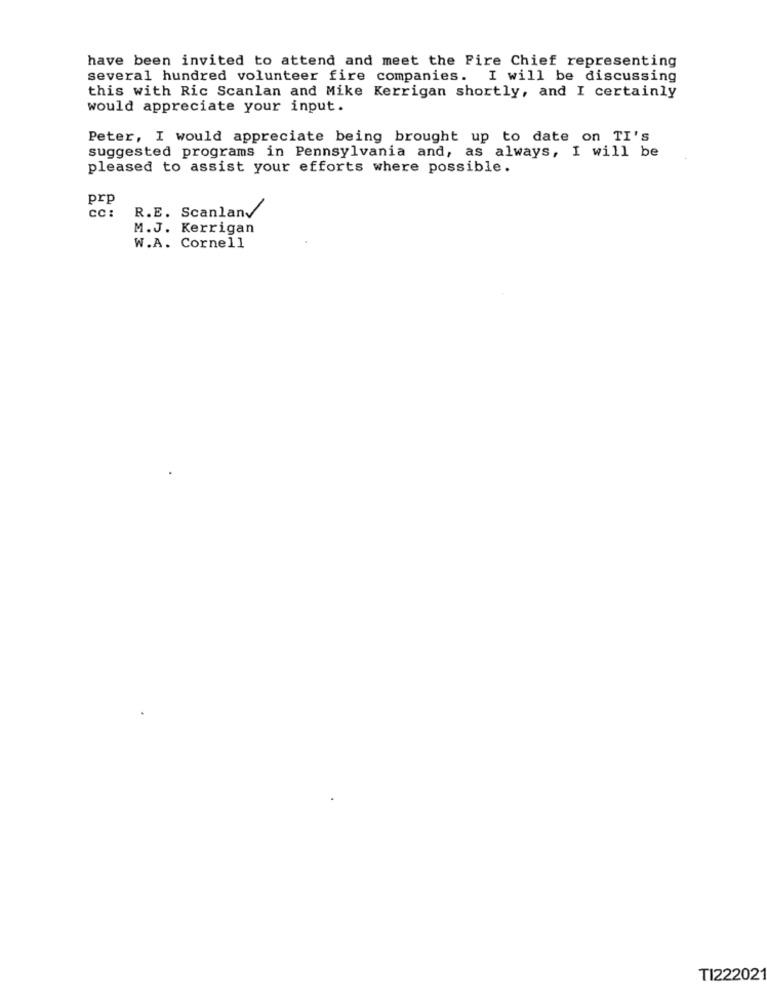
have been invited to attend and meet the Fire Chief representing
several hundred volunteer fire companies. I will be discussing
this with Ric Scanlan and Mike Kerrigan shortly, and I certainly
would appreciate your input.
Peter, I would appreciate being brought up to date on TI's
suggested programs in Pennsylvania and, as always, I will be
pleased to assist your efforts where possible.
prp
CC :
R.E. Scanlany
M.J. Kerrigan
W.A. Cornell
TI22202